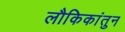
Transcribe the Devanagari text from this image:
लौकिकांतुन